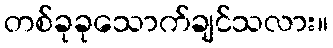
တစ်ခုခုသောက်ချင်သလား။